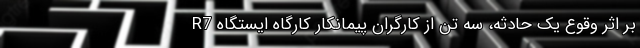
بر اثر وقوع یک حادثه، سه تن از کارگران پیمانکار کارگاه ایستگاه R7